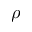
\rho